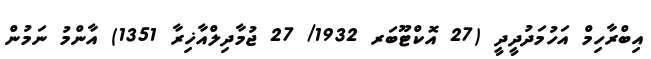
އިބްރާހިމް އަހުމަދުދީދީ (27 އޮކްޓޫބަރ 1932/ 27 ޖުމާދިލްއާޚިރާ 1351) އާންމު ނަމުން